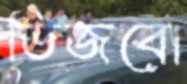
ভিজবো